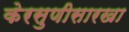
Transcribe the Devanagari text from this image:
केरसुणीसारखा